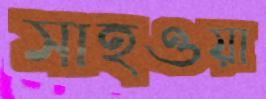
সাহওয়া